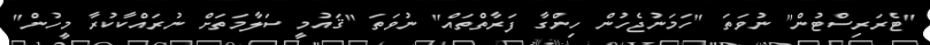
"ޓެރަރިސްޓުން" ނުވަތަ "ހަމަނުޖެހުން ހިންގާ ފަރާތްތައް" ނުވަތަ "ޤައުމީ ސަލާމަތަށް ނުރައްކާކުރާ މީހުން"